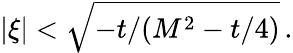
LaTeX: |\xi|<\sqrt{-t/(M^{2}-t/4)}\, .